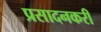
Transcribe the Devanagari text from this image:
प्रसादनकरी